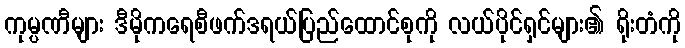
ကုမ္ပဏီများ ဒီမိုကရေစီဖက်ဒရယ်ပြည်ထောင်စုကို လယ်ပိုင်ရှင်များ၏ ရိုးတံကို